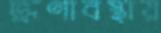
ভ্রূণাবস্থায়